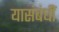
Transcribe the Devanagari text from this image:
यासंबंधीं